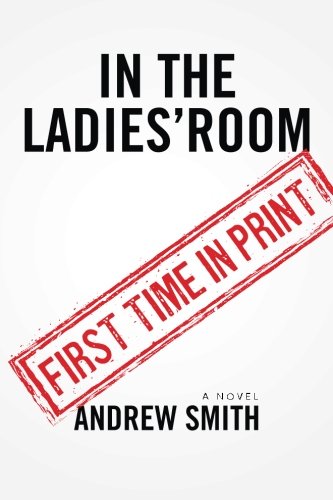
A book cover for In The Ladies' Room: A Novel; Andrew Smith; Humor & Entertainment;